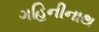
ગહિનીનાથ